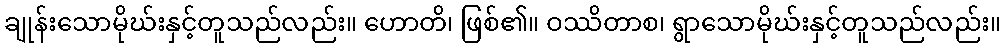
ချုန်းသောမိုဃ်းနှင့်တူသည်လည်း။ ဟောတိ၊ ဖြစ်၏။ ဝဿိတာစ၊ ရွာသောမိုဃ်းနှင့်တူသည်လည်း။